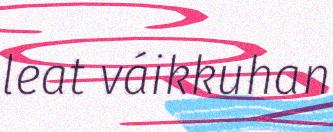
leat váikkuhan